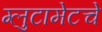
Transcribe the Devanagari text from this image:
ग्लुटामेटचे